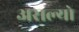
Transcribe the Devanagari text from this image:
असल्याे